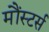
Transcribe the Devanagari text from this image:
मौंस्टर्स